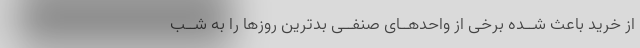
از خرید باعث شــده برخى از واحدهــاى صنفــى بدترین روزها را به شــب